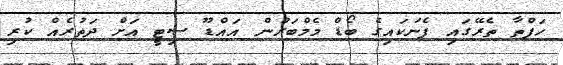
ހަފްތާ ތެރޭގައި ފެނަކައިގެ ބޯޑް މެމްބަރުން އައްޑޫ ސިޓީ އަށް ދަތުރެއް ކުރި